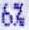
6%